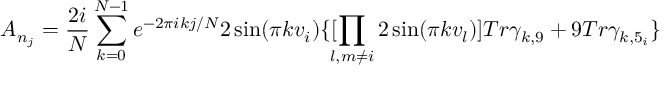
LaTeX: A _ { n _ { j } } = \frac { 2 i } { N } \sum _ { k = 0 } ^ { N - 1 } e ^ { - 2 \pi i k j / N } 2 \sin ( \pi k v _ { i } ) \{ [ \! \! \prod _ { l , m \not = i } 2 \sin ( \pi k v _ { l } ) ] T r \gamma _ { k , 9 } + 9 T r \gamma _ { k , 5 _ { i } } \}